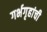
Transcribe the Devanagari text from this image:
गर्भगृहांची